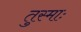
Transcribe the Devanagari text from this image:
तुस्माः